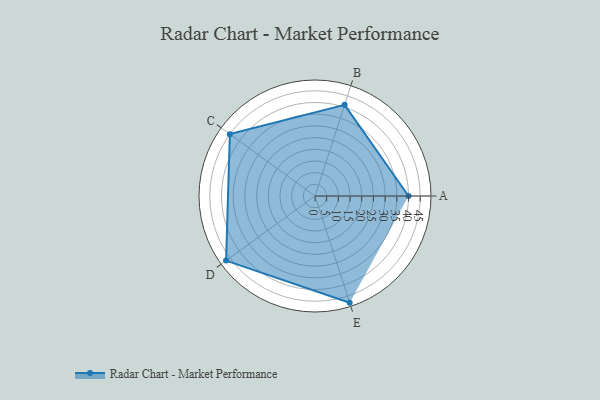
{"axis": {"x": "Skill", "y": "Score"}, "legend": ["Profile"], "data": [{"x": "A", "y": 40.0, "type": "Profile"}, {"x": "B", "y": 41.0, "type": "Profile"}, {"x": "C", "y": 45.0, "type": "Profile"}, {"x": "D", "y": 47.0, "type": "Profile"}, {"x": "E", "y": 48.0, "type": "Profile"}]}